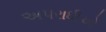
અપરાધીઓ